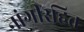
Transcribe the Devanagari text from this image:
नांगीरहित